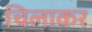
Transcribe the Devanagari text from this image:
चिलाकर